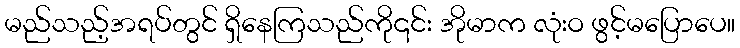
မည်သည့်အရပ်တွင် ရှိနေကြသည်ကို၎င်း အိုမာက လုံးဝ ဖွင့်မပြောပေ။